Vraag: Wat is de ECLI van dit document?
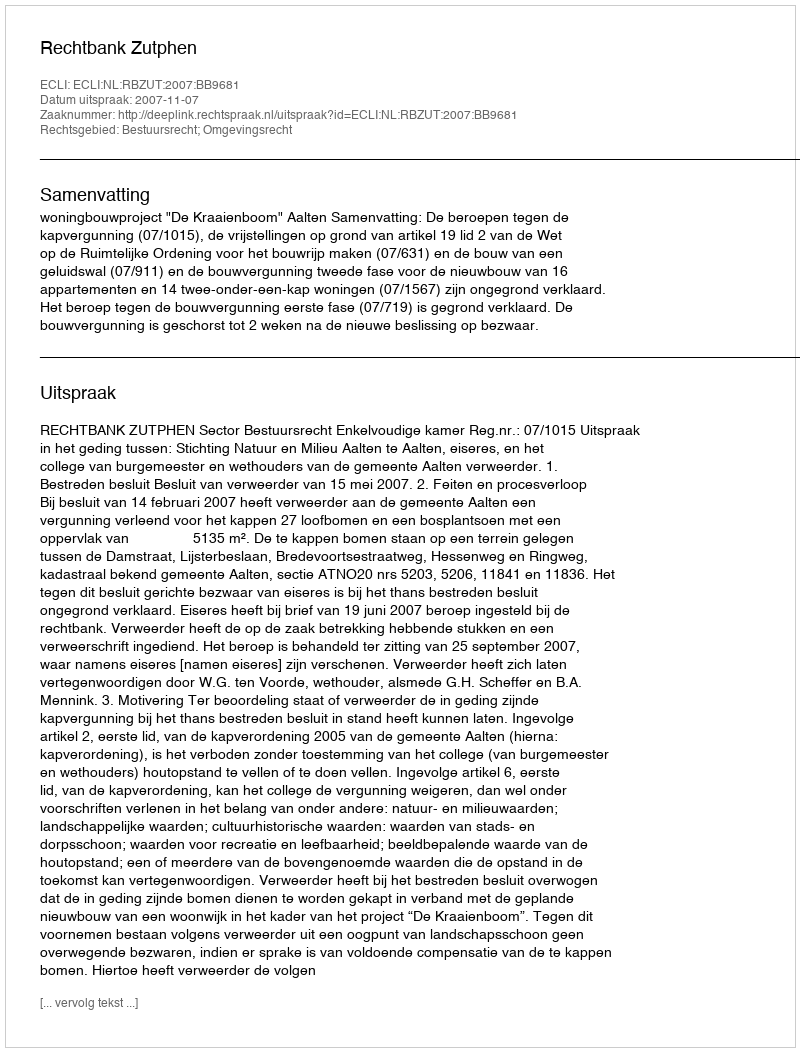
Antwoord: ECLI:NL:RBZUT:2007:BB9681